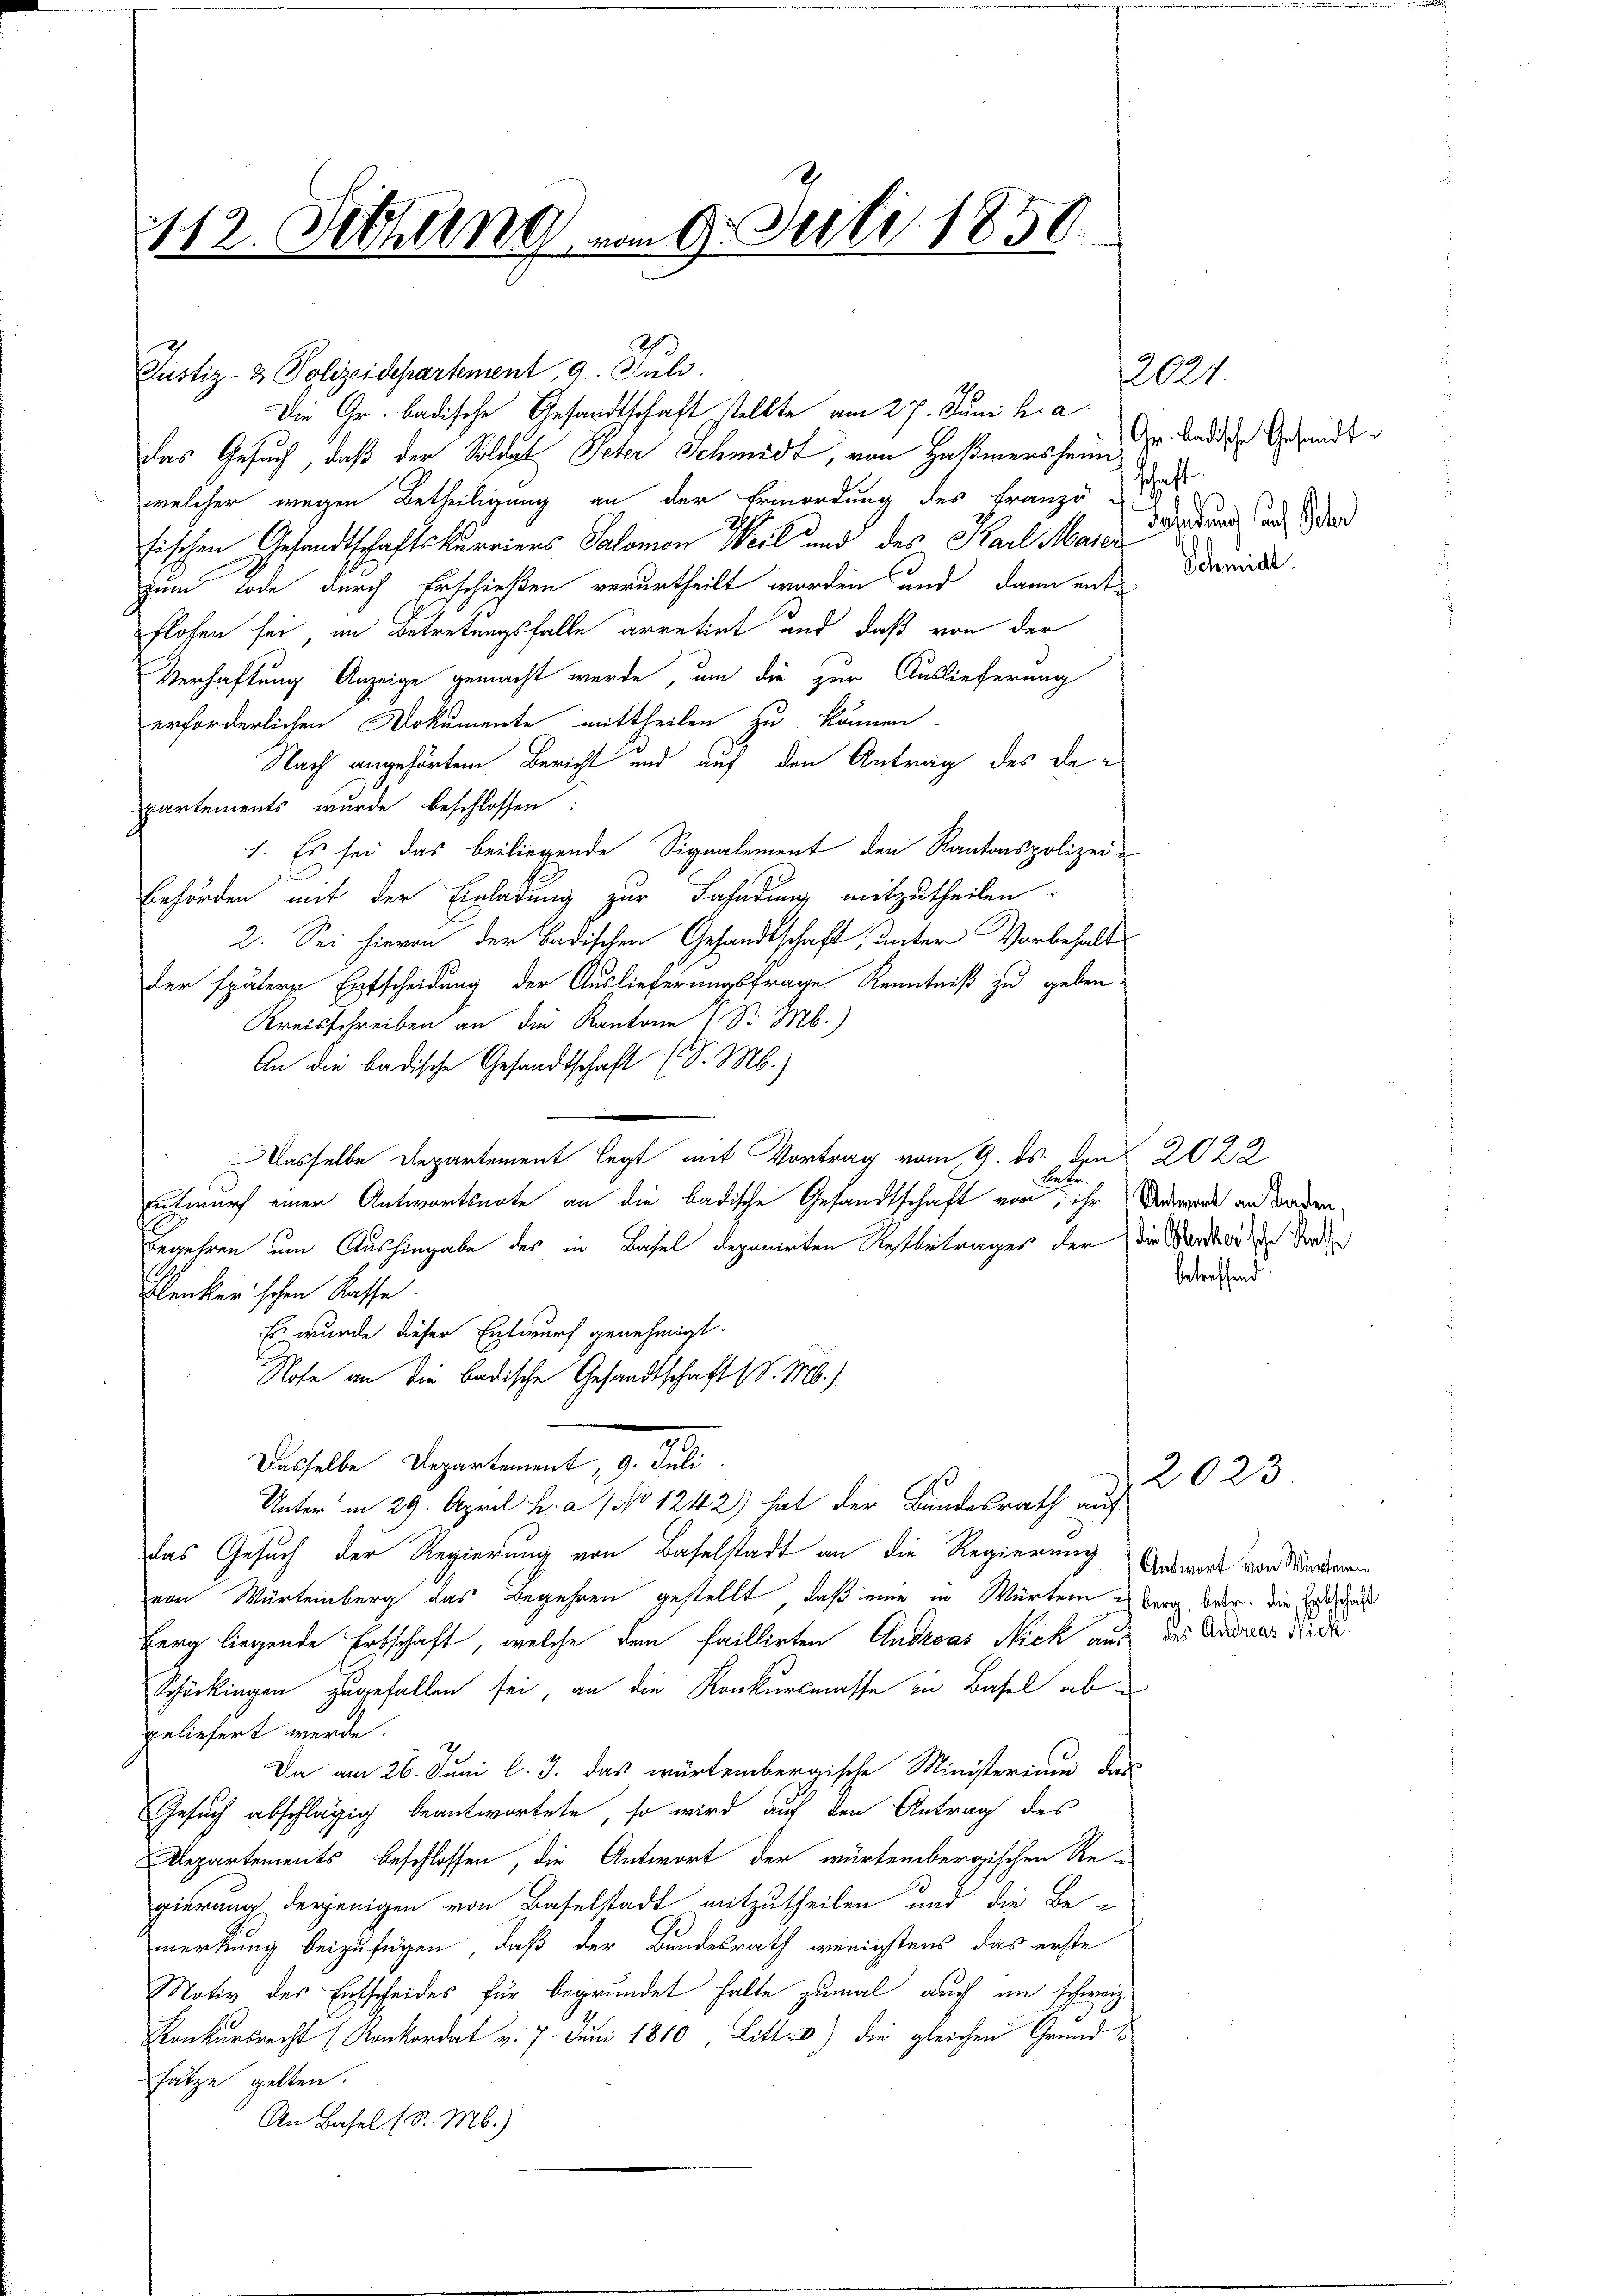
112. Setzung vom 9. Juli 1859.

8
Justiz- & Polizeidepartement, 9. Juli.
Die Gr. badische Gesandtschaft stellte am 27. Juni h. a.
das Gesuch, daß der Soldat Peter Schmidt, von Haßwersheimwelcher wegen Betheiligung an der Ermordung des Französ
sischen Gesandtschaftskurriers Salomon Weil und des Karl Marcz
Zum Tode durch Erschießen verurtheilt worden und dann entflosen sei im Betretungsfalle arretirt und daß von der
Verhaftung Anzeige gemacht werde, um die zur Auslieferung
erforderlichen Dokumente mittheilen zu können.
Nach angehörtem Bericht und auf den Antrag des departements wurde beschlossen:
1. Es sei das beiliegende Signalement den Kantonspolizei¬
Behörden mit der Einladung zur Fahndung mitzutheilen.
2. Sei hievon der badischen Gesandtschaft, unter Vorbehalt
der spätere Entscheidung der Auslieferungsfrage Kenntniß zu geben:
Kreisschreiben an die Kantone Sr. M.)
An die badische Gesandtschaft (d. M.)
asselbe Departement legt mit Vortrag vom 9. ds. den 2022
Betr.
entwurf einer Antwortsnote an die badische Gesandtschaft vor, ihr Unwort an Badenbegehren um Aushingabe des in Basel deponirten Restbetrages der die Morder die Vorden
Flenkerischen Kasse.
Es wurde dieser Entwurf genehmigt.
Nofe an die Badische Gesandtschaft (S. M.)
Dasselbe Departement, d. Juli.
Unter in 29. April h. a, No 1242) hat der Bundesrath auf
das Gesuch der Regierung von Baselstadt an die Regierung Antwort von Mundieren
von Würtemberg das Begehren gestellt, daß eine in Würtem es berg, betr. die Er, daß
Berg liegende Erbschaft, welche den faillirten Andreas Nich aus des Andreas Sitte
Schöckingen zugefallen sei, an die Konkursmasse in Basel ab u
geliefert werde.
Da am 26. Juni l. J. das würtembergische Ministerium das
Gesuch abschlägig beantwortete, so wird auf den Antrag des
Departements beschlossen, die Antwort der würtembergischen Re-
gierung derjenigen von Baselstadt mitzutheilen und die Be-
merkung beizufügen, daß der Bundesrath wenigstens das erste
Motiv des Entscheides für begründet hatte zumal auch im schweiz.
Konkursrecht (Konkordat v. 7. Juni 1810 Litt.- 3) die gleichen Grundsätze gelten.
An Basel (S. M.)

2021.
Gr. Badische Gesandt
Bahndung auf Scher

Schmidt

betreffend

2023.